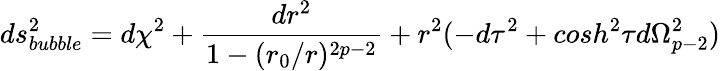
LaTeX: ds_{bubble}^{2}=d\chi^{2}+\frac{dr^{2}}{1-(r_{0}/r)^{2p-2}}+r^{2}(-d\tau^{2}+cosh^{2}\tau d\Omega_{p-2}^{2})